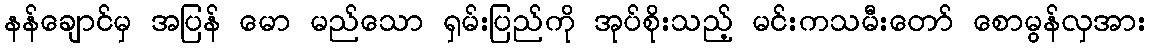
နန်ချောင်မှ အပြန် မော မည်သော ရှမ်းပြည်ကို အုပ်စိုးသည့် မင်းကသမီးတော် စောမွန်လှအား